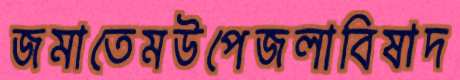
জমাতেমউপেজলাবিষাদ